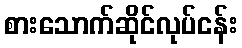
စားသောက်ဆိုင်လုပ်ငန်း